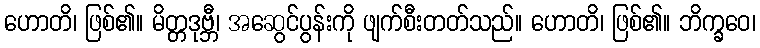
ဟောတိ၊ ဖြစ်၏။ မိတ္တဒုဗ္ဘီ၊ အဆွေင်ပွန်းကို ဖျက်စီးတတ်သည်။ ဟောတိ၊ ဖြစ်၏။ ဘိက္ခဝေ၊